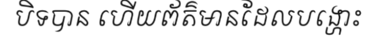
បិទបាន ហើយព័ត៌មានដែលបង្ហោះ